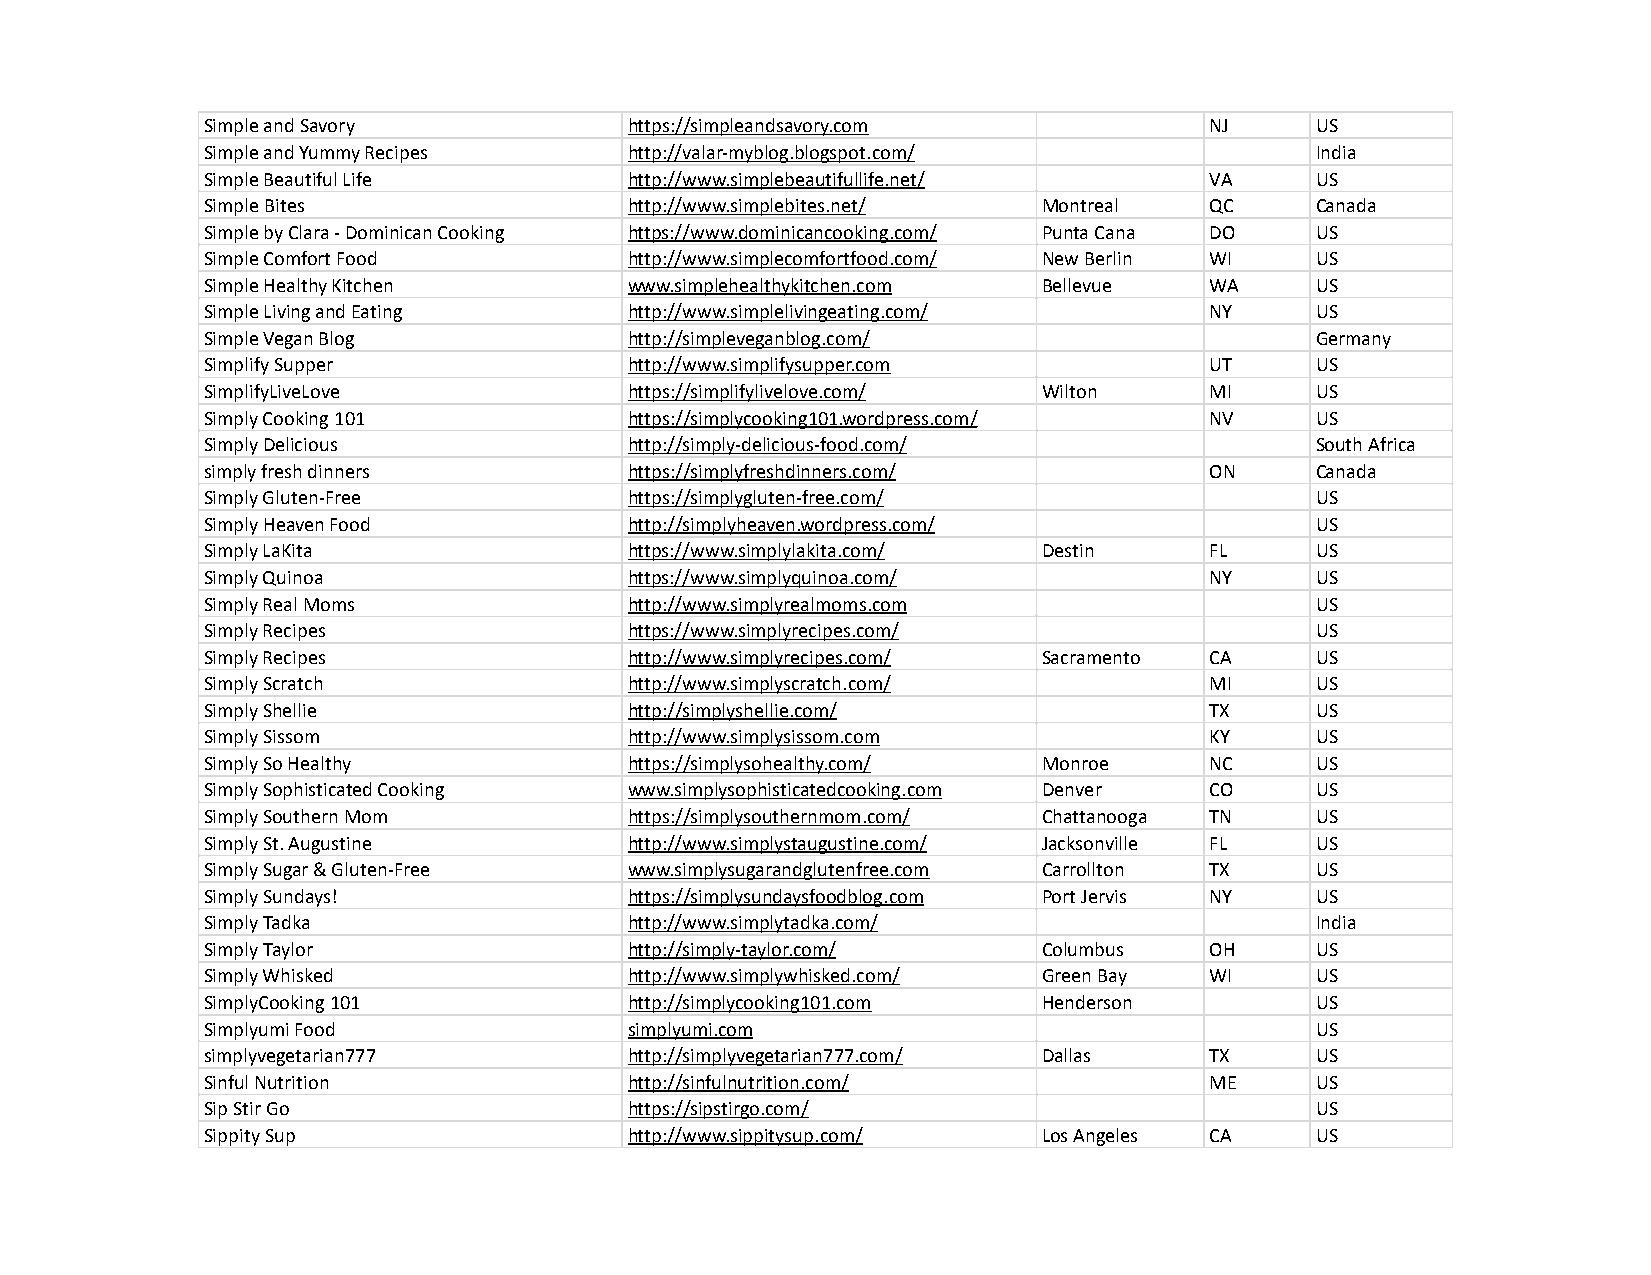
Simple and Savory           https://simpleandsavory.com           NJ     US
 Simple and Yummy Recipes    http://valar-myblog.blogspot.com/            India
 Simple Beautiful Life       http://www.simplebeautifullife.net/   VA     US
 Simple Bites                http://www.simplebites.net/ Montreal  QC     Canada
 Simple by Clara - Dominican Cooking https://www.dominicancooking.com/ Punta Cana DO US
 Simple Comfort Food         http://www.simplecomfortfood.com/ New Berlin WI US
 Simple Healthy Kitchen      www.simplehealthykitchen.com Bellevue WA     US
 Simple Living and Eating    http://www.simplelivingeating.com/    NY     US
 Simple Vegan Blog           http://simpleveganblog.com/                  Germany
 Simplify Supper             http://www.simplifysupper.com         UT     US
 SimplifyLiveLove            https://simplifylivelove.com/ Wilton  MI     US
 Simply Cooking 101          https://simplycooking101.wordpress.com/ NV   US
 Simply Delicious            http://simply-delicious-food.com/            South Africa
 simply fresh dinners        https://simplyfreshdinners.com/       ON     Canada
 Simply Gluten-Free          https://simplygluten-free.com/               US
 Simply Heaven Food          http://simplyheaven.wordpress.com/           US
 Simply LaKita               https://www.simplylakita.com/ Destin  FL     US
 Simply Quinoa               https://www.simplyquinoa.com/         NY     US
 Simply Real Moms            http://www.simplyrealmoms.com                US
 Simply Recipes              https://www.simplyrecipes.com/               US
 Simply Recipes              http://www.simplyrecipes.com/ Sacramento CA  US
 Simply Scratch              http://www.simplyscratch.com/         MI     US
 Simply Shellie              http://simplyshellie.com/             TX     US
 Simply Sissom               http://www.simplysissom.com           KY     US
 Simply So Healthy           https://simplysohealthy.com/ Monroe   NC     US
 Simply Sophisticated Cooking www.simplysophisticatedcooking.com Denver CO US
 Simply Southern Mom         https://simplysouthernmom.com/ Chattanooga TN US
 Simply St. Augustine        http://www.simplystaugustine.com/ Jacksonville FL US
 Simply Sugar & Gluten-Free  www.simplysugarandglutenfree.com Carrollton TX US
 Simply Sundays!             https://simplysundaysfoodblog.com Port Jervis NY US
 Simply Tadka                http://www.simplytadka.com/                  India
 Simply Taylor               http://simply-taylor.com/  Columbus   OH     US
 Simply Whisked              http://www.simplywhisked.com/ Green Bay WI   US
 SimplyCooking 101           http://simplycooking101.com Henderson        US
 Simplyumi Food              simplyumi.com                                US
 simplyvegetarian777         http://simplyvegetarian777.com/ Dallas TX    US
 Sinful Nutrition            http://sinfulnutrition.com/           ME     US
 Sip Stir Go                 https://sipstirgo.com/                       US
 Sippity Sup                 http://www.sippitysup.com/ Los Angeles CA    US